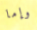
وإما